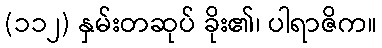
(၁၁၂) နှမ်းတဆုပ် ခိုး၏၊ ပါရာဇိက။